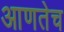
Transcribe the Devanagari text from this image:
आणतेच